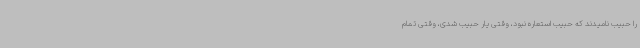
را حبیب نامیدند که حبیب استعاره نبود، وقتی یار حبیب شدی، وقتی تمام